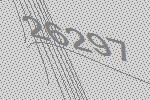
26297